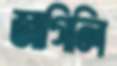
জাগিলি